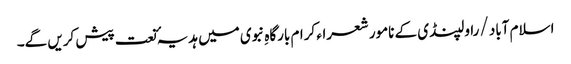
اسلام آباد /راولپنڈی کے نامور شعراء کرام بارگاہِ نبوی میں ہدیہٴ نعت پیش کریں گے۔